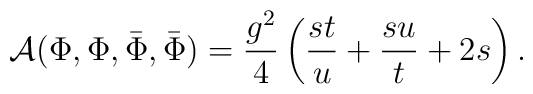
{\cal A}(\Phi,\Phi,{\bar\Phi},{\bar\Phi})={g^2\over 4}\left({st\over u}+{su\over t}+2s\right).